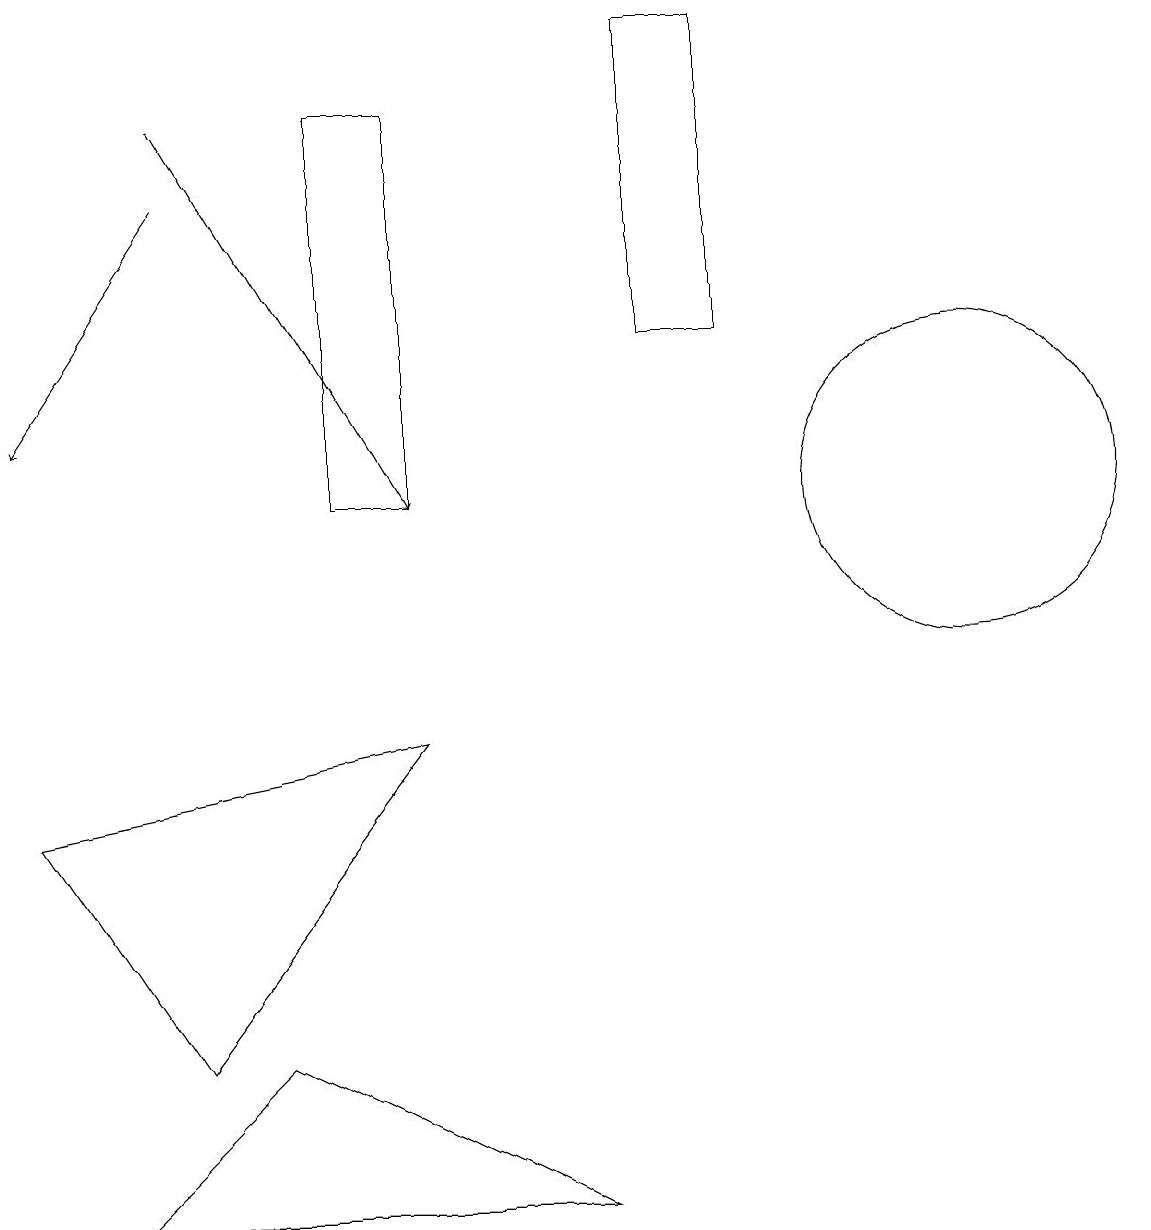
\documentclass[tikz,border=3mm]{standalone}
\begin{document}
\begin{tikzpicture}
\draw (1,3) -- (3,5) -- (7,3) -- cycle;
\draw (8,18) rectangle (9,14);
\draw[->] (2,16) -- (0,13);
\draw (4,17) rectangle (5,12);
\draw[->] (2,17) -- (5,12);
\draw (5,9) -- (2,5) -- (0,8) -- cycle;
\draw (12,12) circle (2);
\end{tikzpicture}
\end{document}